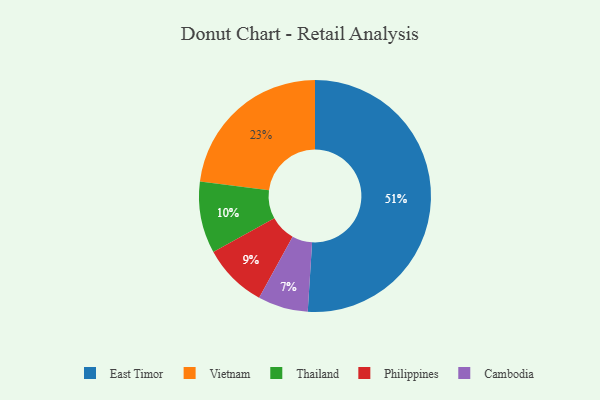
{"axis": {"x": "Category", "y": "Percentage"}, "legend": ["Cambodia", "East Timor", "Philippines", "Thailand", "Vietnam"], "data": [{"x": "Cambodia", "y": 7, "type": "Cambodia"}, {"x": "East Timor", "y": 51, "type": "East Timor"}, {"x": "Thailand", "y": 10, "type": "Thailand"}, {"x": "Vietnam", "y": 23, "type": "Vietnam"}, {"x": "Philippines", "y": 9, "type": "Philippines"}]}